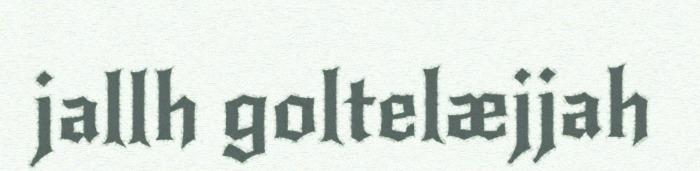
jallh goltelæjjah